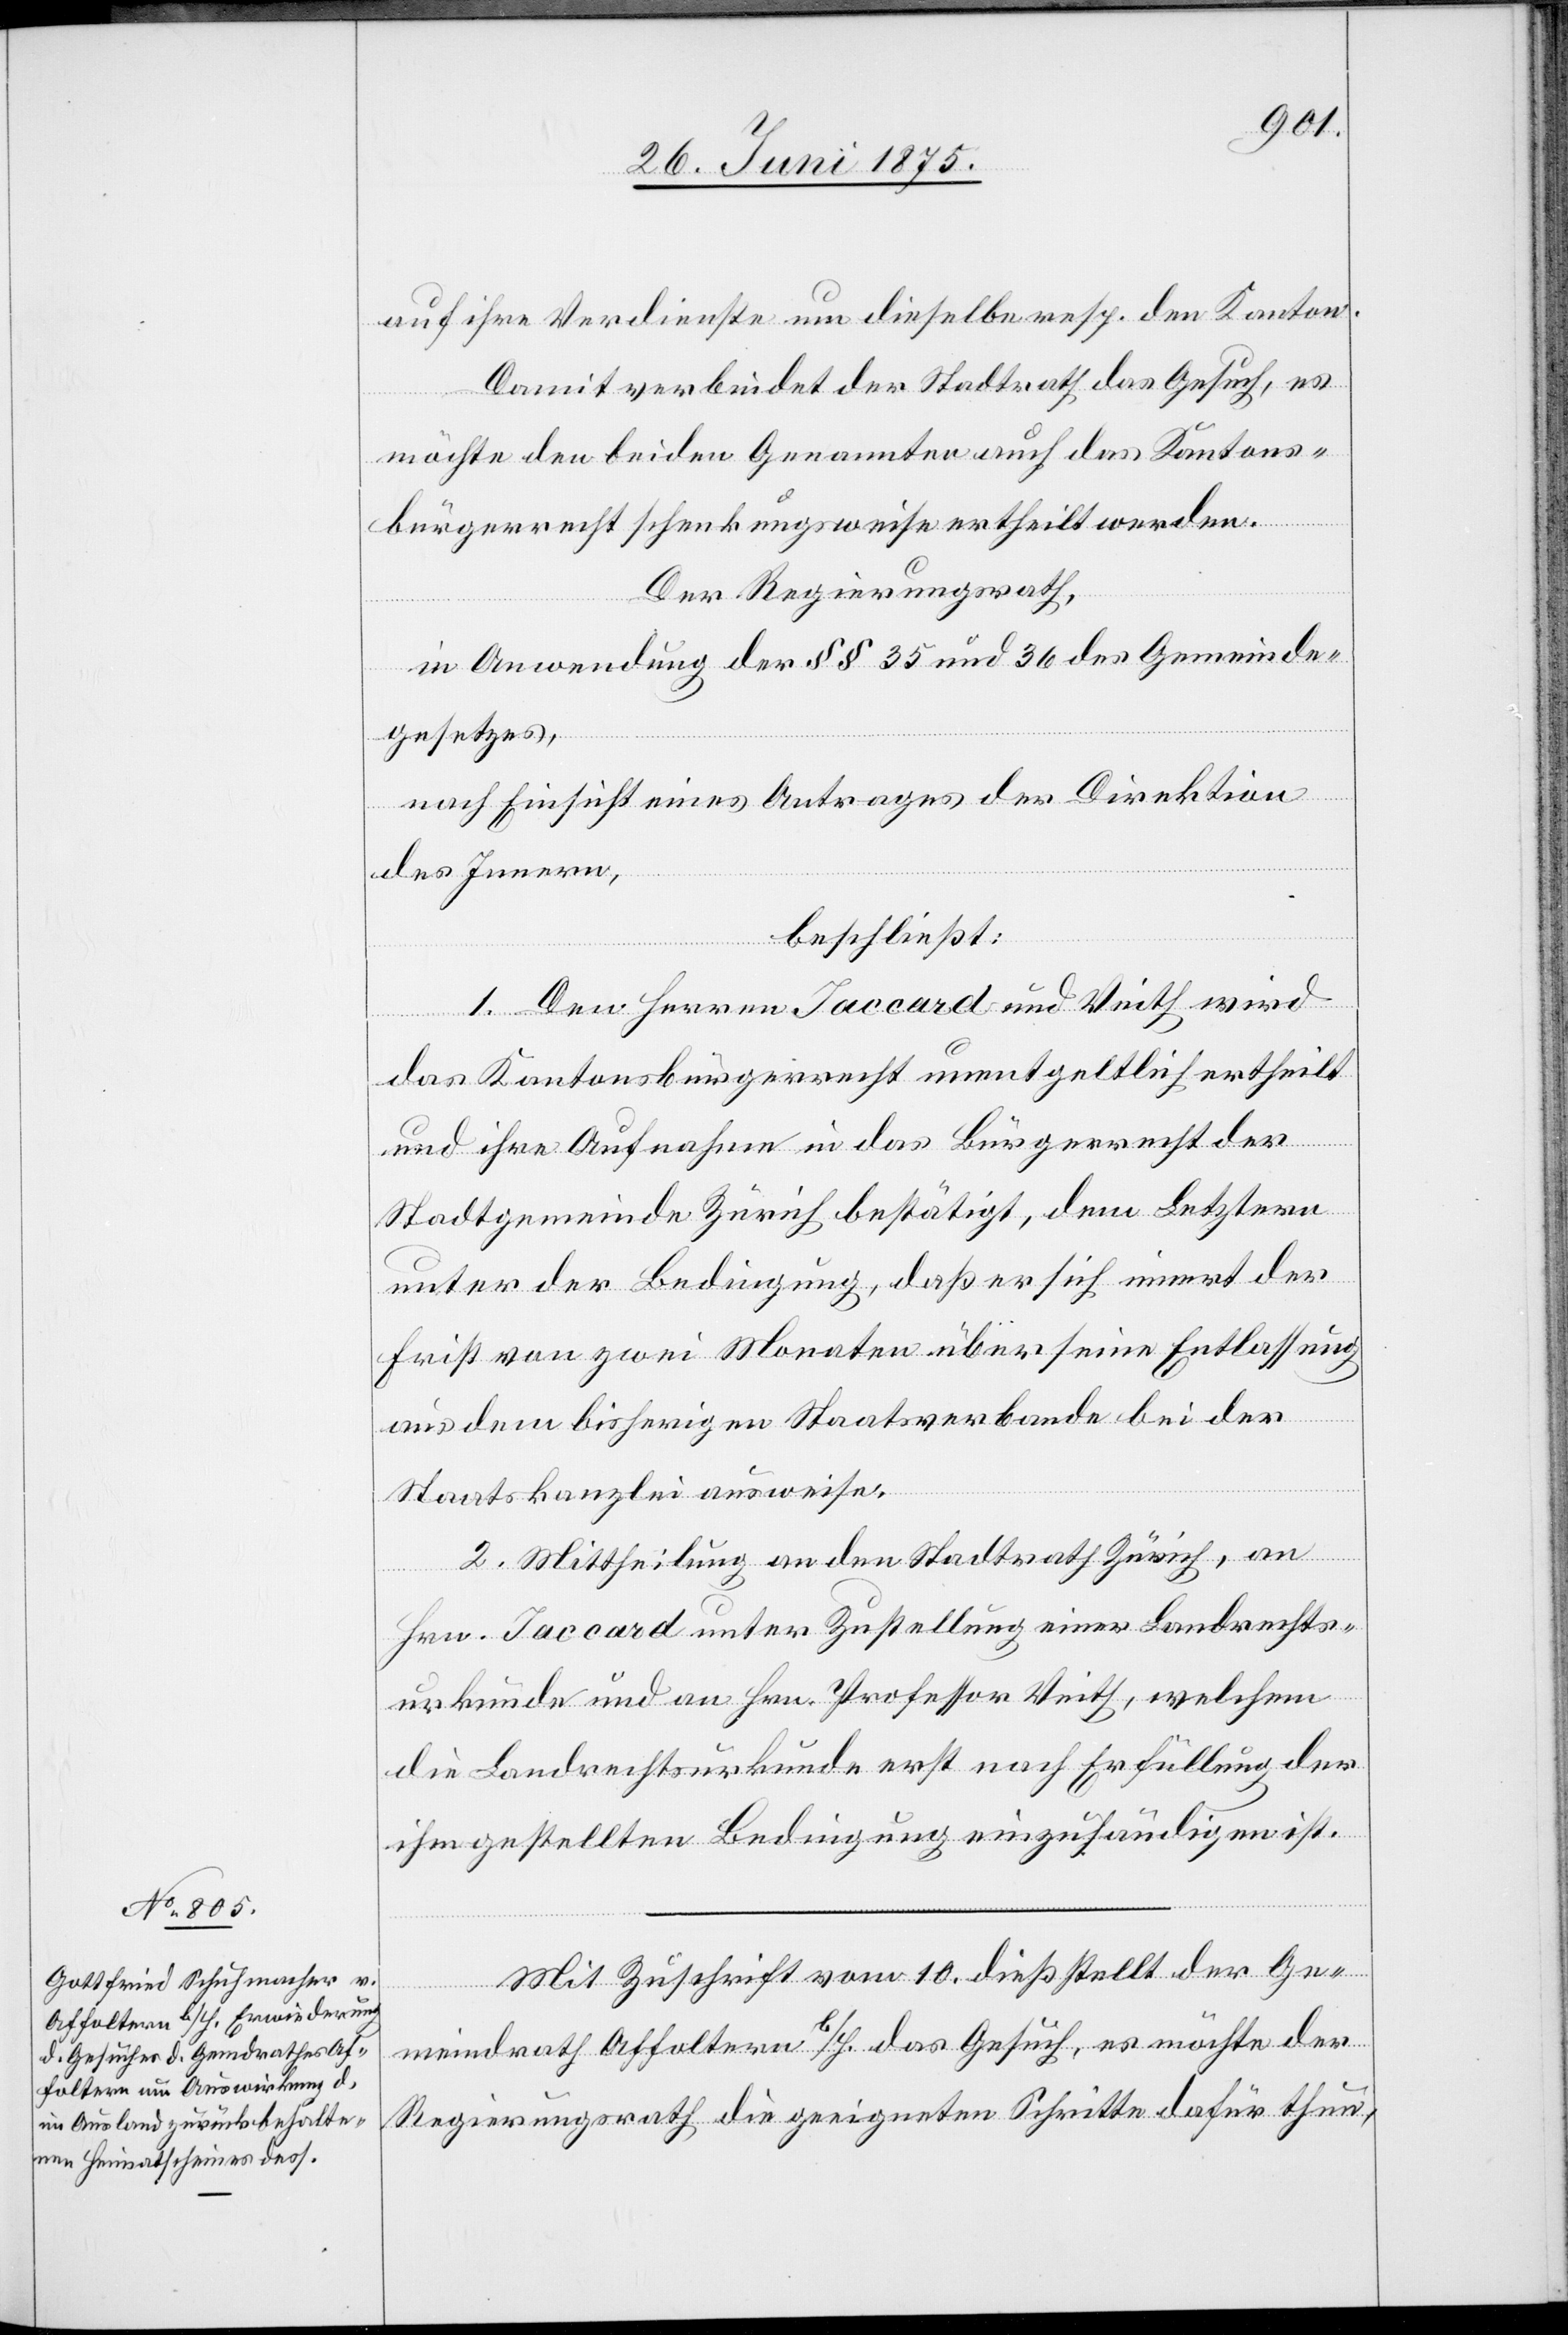
auf ihre Verdienste um dieselbe resp. den Kanton.
Damit verbindet der Stadtrath das Gesuch, es
möchte den beiden Genannten auch das Kantons¬
bürgerrecht schenkungsweise ertheilt werden.
Der Regierungsrath,
in Anwendung der §§ 35 und 36 des Gemeinde¬
gesetzes,
nach Einsicht eines Antrages der Direktion
des Innern,
beschließt:
1. Den Herren Jaccard und Veith wird
das Kantonsbürgerrecht unentgeltlich ertheilt
und ihre Aufnahme in das Bürgerrecht der
Stadtgemeinde Zürich bestätigt, dem Letztern
unter der Bedingung, daß er sich innert der
Frist von zwei Monaten über seine Entlassung
aus dem bisherigen Staatsverbande bei der
Staatskanzlei ausweise.
2. Mittheilung an den Stadtrath Zürich, an
Hrn. Jaccard unter Zustellung einer Landerechts¬
urkunde und an Hrn. Professor Veith, welchem
die Landrechtsurkunde erst nach Erfüllung der
ihm gestellten Bedingung einzuhändigen ist.
Mit Zuschrift vom 10. dieß stellt der Ge¬
meindrath Affoltern b/H. das Gesuch, es möchte der
Regierungsrath die geeigneten Schritte dafür thun,